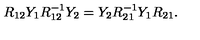
R _ { 1 2 } Y _ { 1 } R _ { 1 2 } ^ { - 1 } Y _ { 2 } = Y _ { 2 } R _ { 2 1 } ^ { - 1 } Y _ { 1 } R _ { 2 1 } .